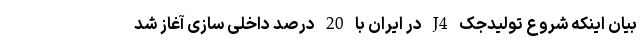
بیان اینکه شروع تولیدجک J4 در ایران با 20 درصد داخلی سازی آغاز شد